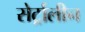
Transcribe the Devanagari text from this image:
सेर्ट्रालीन